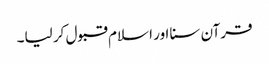
قرآن سنا اور اسلام قبول کر لیا۔